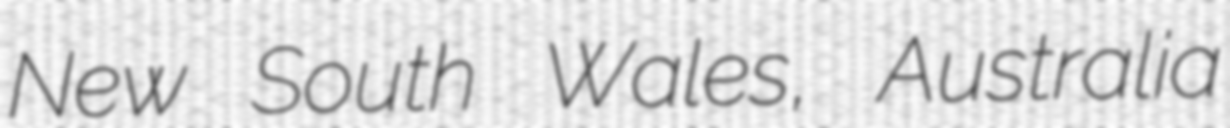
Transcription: New South Wales, Australia